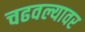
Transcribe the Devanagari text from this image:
चढवल्यावर